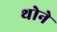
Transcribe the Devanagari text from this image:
थोने